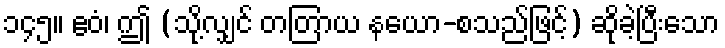
၁၄၅။ ဧဝံ၊ ဤ (သို့လျှင် တတြာယ နယော-စသည်ဖြင့်) ဆိုခဲ့ပြီးသော